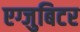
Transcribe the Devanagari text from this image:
एग्जुबिटर